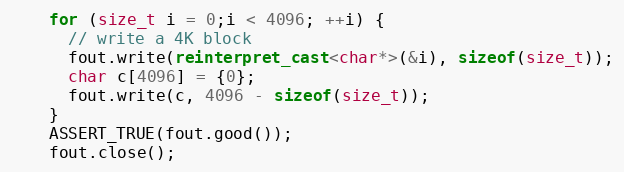
Language: C++
    for (size_t i = 0;i < 4096; ++i) {
      // write a 4K block
      fout.write(reinterpret_cast<char*>(&i), sizeof(size_t));
      char c[4096] = {0};
      fout.write(c, 4096 - sizeof(size_t));
    }
    ASSERT_TRUE(fout.good());
    fout.close();